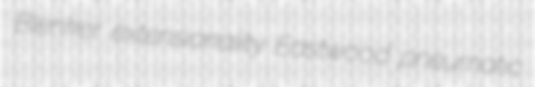
Blenker extensionality Eastwood pneumatic